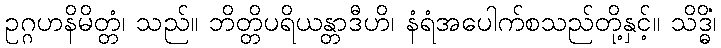
ဥဂ္ဂဟနိမိတ္တံ၊ သည်။ ဘိတ္တိပရိယန္တာဒီဟိ၊ နံရံအပေါက်စသည်တို့နှင့်။ သိဒ္ဓိံ၊